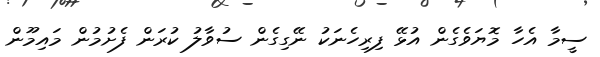
ސީމާ އެހާ މޮޔަވެގެން އުޅޭ ފިރިހެނަކު ނޭގިގެން ސުވާލު ކުރަން ފެށުމުން މައިމޫން